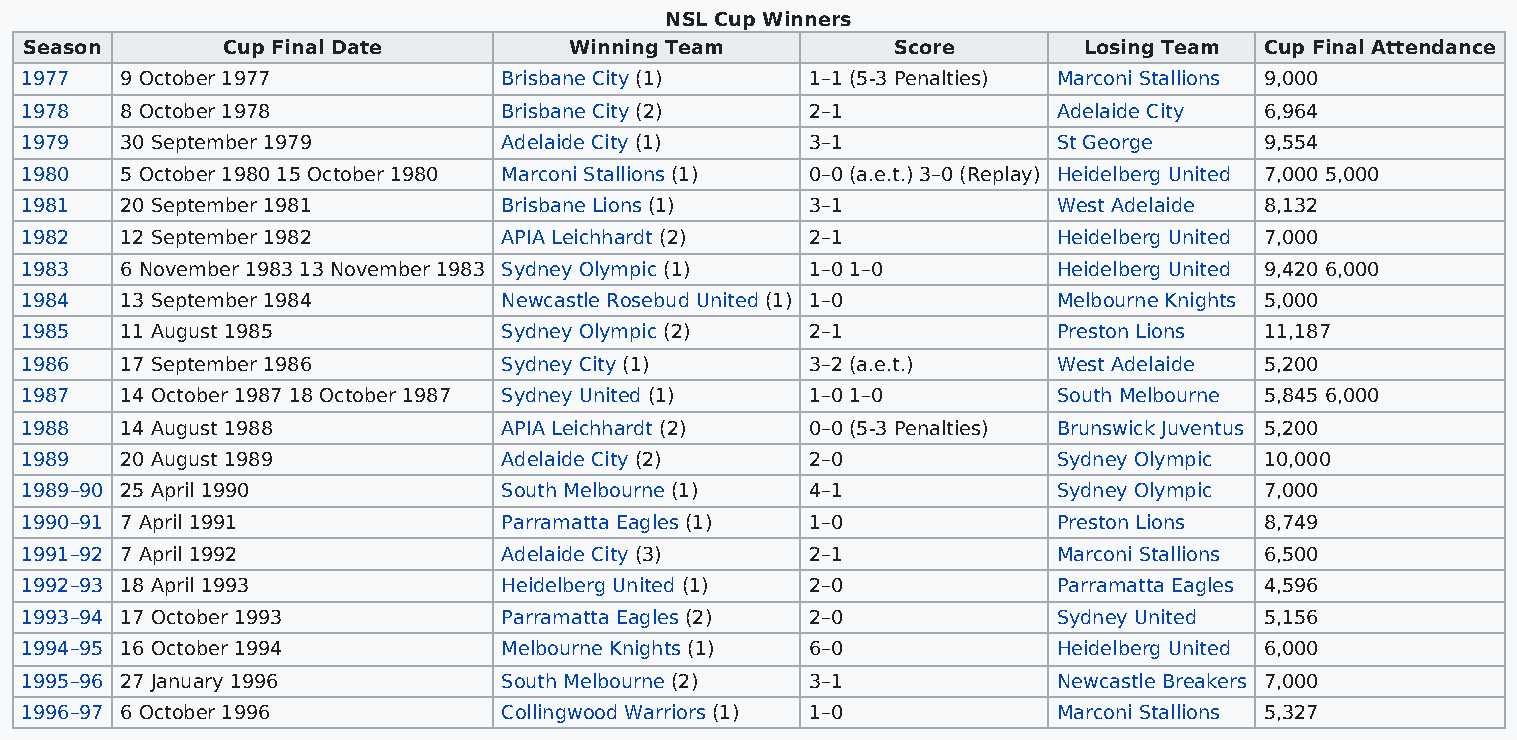
NSL Cup Winners
 Season       Cup Final Date         Winning Team         Score        Losing Team Cup Final Attendance
 1977   9 October 1977           Brisbane City (1)    1–1 (5-3 Penalties) Marconi Stallions 9,000
 1978   8 October 1978           Brisbane City (2)    2–1             Adelaide City 6,964
 1979   30 September 1979        Adelaide City (1)    3–1             St George     9,554
 1980   5 October 1980 15 October 1980 Marconi Stallions (1) 0–0 (a.e.t.) 3–0 (Replay) Heidelberg United 7,000 5,000
 1981   20 September 1981        Brisbane Lions (1)   3–1             West Adelaide 8,132
 1982   12 September 1982        APIA Leichhardt (2)  2–1             Heidelberg United 7,000
 1983   6 November 1983 13 November 1983 Sydney Olympic (1) 1–0 1–0   Heidelberg United 9,420 6,000
 1984   13 September 1984        Newcastle Rosebud United (1) 1–0     Melbourne Knights 5,000
 1985   11 August 1985           Sydney Olympic (2)   2–1             Preston Lions 11,187
 1986   17 September 1986        Sydney City (1)      3–2 (a.e.t.)    West Adelaide 5,200
 1987   14 October 1987 18 October 1987 Sydney United (1) 1–0 1–0     South Melbourne 5,845 6,000
 1988   14 August 1988           APIA Leichhardt (2)  0–0 (5-3 Penalties) Brunswick Juventus 5,200
 1989   20 August 1989           Adelaide City (2)    2–0             Sydney Olympic 10,000
 1989–90 25 April 1990           South Melbourne (1)  4–1             Sydney Olympic 7,000
 1990–91 7 April 1991            Parramatta Eagles (1) 1–0            Preston Lions 8,749
 1991–92 7 April 1992            Adelaide City (3)    2–1             Marconi Stallions 6,500
 1992–93 18 April 1993           Heidelberg United (1) 2–0            Parramatta Eagles 4,596
 1993–94 17 October 1993         Parramatta Eagles (2) 2–0            Sydney United 5,156
 1994–95 16 October 1994         Melbourne Knights (1) 6–0            Heidelberg United 6,000
 1995–96 27 January 1996         South Melbourne (2)  3–1             Newcastle Breakers 7,000
 1996–97 6 October 1996          Collingwood Warriors (1) 1–0         Marconi Stallions 5,327